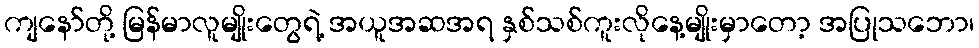
ကျနော်တို့ မြန်မာလူမျိုးတွေရဲ့ အယူအဆအရ နှစ်သစ်ကူးလိုနေ့မျိုးမှာတော့ အပြုသဘော၊